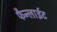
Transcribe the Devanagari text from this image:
फैन्लाईट